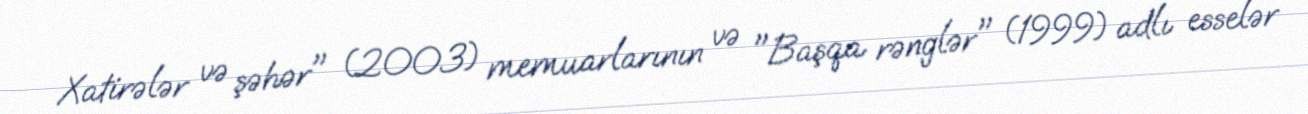
Xatirələr və şəhər" (2003) memuarlarının və "Başqa rənglər" (1999) adlı esselər